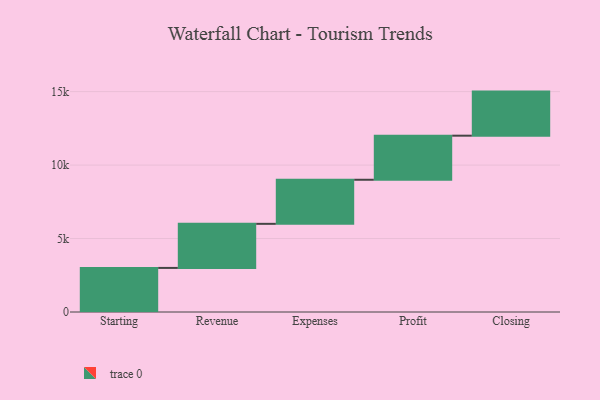
{"axis": {"x": "Step", "y": "Value"}, "legend": [""], "data": [{"x": "Starting", "y": 3000, "type": ""}, {"x": "Revenue", "y": 3000, "type": ""}, {"x": "Expenses", "y": 3000, "type": ""}, {"x": "Profit", "y": 3000, "type": ""}, {"x": "Closing", "y": 3000, "type": ""}]}